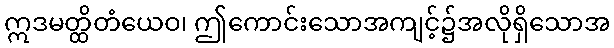
ဣဒမတ္ထိတံယေဝ၊ ဤကောင်းသောအကျင့်၌အလိုရှိသောအ